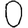
Digit: 0